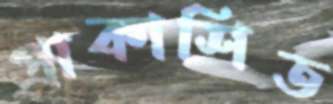
প্রাকাশিত